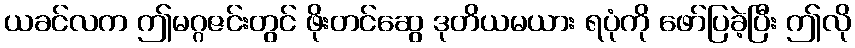
ယခင်လက ဤမဂ္ဂဇင်းတွင် ဖိုးတင်ဆွေ ဒုတိယမယား ရပုံကို ဖော်ပြခဲ့ပြီး ဤလို